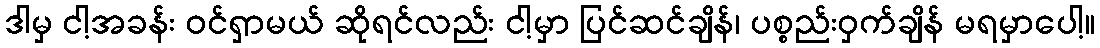
ဒါမှ ငါ့အခန်း ဝင်ရှာမယ် ဆိုရင်လည်း ငါ့မှာ ပြင်ဆင်ချိန်၊ ပစ္စည်းဝှက်ချိန် မရမှာပေါ့။